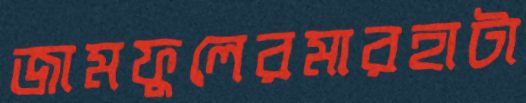
জামফুলেরমারহাটা